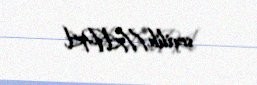
seçilib.//APA.